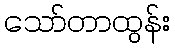
သော်တာထွန်း